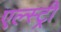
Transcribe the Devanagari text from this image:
एल्स्ट्री